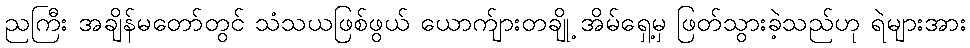
ညကြီး အချိန်မတော်တွင် သံသယဖြစ်ဖွယ် ယောက်ျားတချို့ အိမ်ရှေ့မှ ဖြတ်သွားခဲ့သည်ဟု ရဲများအား